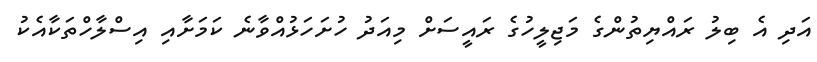
އަދި އެ ބިލު ރައްޔިތުންގެ މަޖިލީހުގެ ރައީސަށް މިއަދު ހުށަހަޅުއްވާނެ ކަމަށާއި އިސްލާހްތަކާއެކު